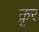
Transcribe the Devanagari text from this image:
क्रृर